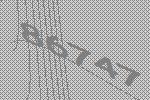
86747